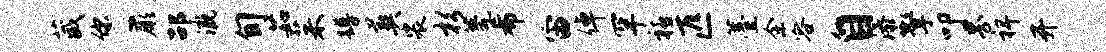
葳你蕨劭溉旬茹茱蹲葬裟杉甍希宙倬罕禧匹薹余容自添擎叩界裨开